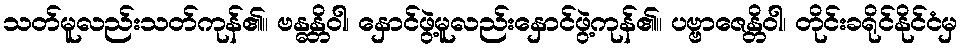
သတ်မူလည်းသတ်ကုန်၏။ ဗန္ဓန္တိဝါ၊ နှောင်ဖွဲ့မူလည်းနှောင်ဖွဲ့ကုန်၏။ ပဗ္ဗာဇေန္တိဝါ၊ တိုင်းခရိုင်နိုင်ငံမှ